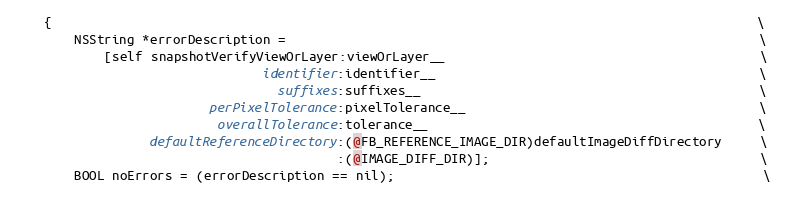
Language: C
    {                                                                                              \
        NSString *errorDescription =                                                               \
            [self snapshotVerifyViewOrLayer:viewOrLayer__                                          \
                                 identifier:identifier__                                           \
                                   suffixes:suffixes__                                             \
                          perPixelTolerance:pixelTolerance__                                       \
                           overallTolerance:tolerance__                                            \
                  defaultReferenceDirectory:(@FB_REFERENCE_IMAGE_DIR)defaultImageDiffDirectory     \
                                           :(@IMAGE_DIFF_DIR)];                                    \
        BOOL noErrors = (errorDescription == nil);                                                 \